Vaccination in the Punjab 1919-1929 - 1919-1929
Year: 1919
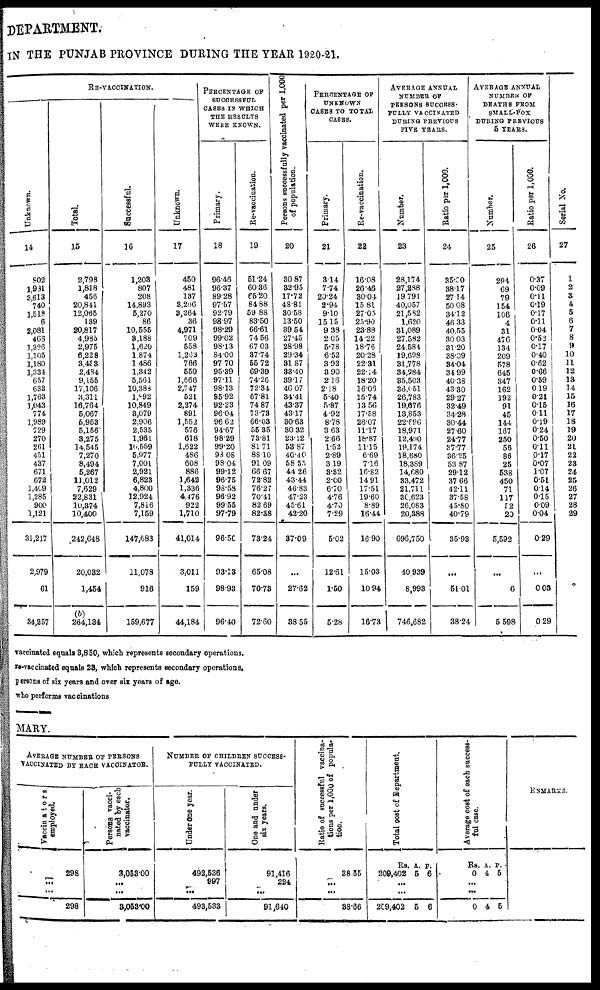
DEPARTMENT.
IN THE PUNJAB PROVINCE DURING THE YEAR 1920-21.
RE-VACCINATION.
Unknown.
14
802
1,981
3,613
740
1,518
6
2,081
466
1,326
1,105
1,180
1,334
657
633
1,763
1,043
774
1,989
729
270
261
451
437
671
672
1,409
1,285
900
1,121
31,217
2,979
61
34,257
Total.
15
2,798
1,818
456
20,841
12,065
139
20,817
4,985
2,975
6,228
3,438
2,484
9,155
17,106
3,311
16,764
5,067
5,953
5,156
3,275
14,545
7,270
8,494
5,267
11,012
7,629
22,831
10,374
10,400
242,648
20,082
1,454
(b)
264,134
Successful.
16
1,203
807
208
14,893
5,870
86
10,555
8,188
1,620
1,874
1,486
1,342
5,561
10,388
1,892
10,849
3,079
2,906
2,535
1,961
10,559
5,977
7,001
2,921
6,823
4,800
12,924
7,816
7,159
147,683
11,078
916
159,677
Unknown.
17
450
481
137
3,296
3,264
36
4,971
709
558
1,283
766
550
1,666
2,747
521
2,274
891
1,552
576
618
1,622
486
608
886
1,642
1,336
4,476
922
1,710
41,014
3,011
159
44,184
PERCENTAGE OF
SUCCESSFUL
CASES IN WHICH
THE RESULTS
WERE KNOWN.
Primary.
18
96.46
96.37
89.28
97.57
92.79
98.97
98.29
99.02
98.13
84.00
97.70
95.39
97.11
98.13
95.92
92.23
96.04
96.62
94.67
98.29
99.20
98.08
98.04
99.12
96.75
98.58
96.92
99.55
97.79
96.50
93.13
98.93
96.40
Re-vaccination.
19
51.24
60.36
65.20
84.88
59. 88
83.50
66.61
74.56
67.03
37.74
55.72
69.39
74.26
72.34
67.81
74.87
73.73
66.03
55.35
73.81
81.71
88.10
91.09
66.67
72.82
76.27
70.41
82.69
82.38
73.24
65.08
70.73
72.60
Persons successfully vaccinated per 1,000
of population.
20
30.87
32.95
17.72
48.81
30.58
13.50
39.54
27.45
28.98
29.34
31.87
33.40
39.17
46.07
34.41
43.37
43.17
30.63
30.32
23.12
53.87
40.40
58.55
44.26
43.44
46.83
47.23
45.61
42.20
37.09
...
27.62
38.55
PERCENTAGE OF
UNKNOWN
CASES TO TOTAL
CASES.
Primary.
21
3.14
7.74
20.24
2.94
9.10
15.15
9.38
2.05
5.78
6.52
3.92
3.90
2.16
2.18
5.40
5.87
4.92
8.78
3.63
2.66
1.52
2.89
3.19
3.32
2.00
6.70
4.76
4.70
7.29
5.02
12.61
1.50
5.28
Re-vaccination.
22
16.08
26.46
30.04
15.81
27.05
25.90
23.88
14.22
18.76
20.28
22.31
22.14
18.20
16.06
15.74
13.56
17.58
26.07
11.17
18.87
11.15
6.69
7.16
16.82
14.91
17.51
19.60
8.89
16.44
16.90
15.03
10.94
16.73
AVERAGE ANNUAL
NUMBER OF
PERSONS SUCCESS-
----- VACCINATED
DURING PREVIOUS
FIVE YEARS.
Number.
23
28,174
27,288
19,791
40,057
21,582
1,.620
31,089
27,582
24,584
19,698
31,778
34,984
35,503
36,651
26,783
19,676
13,853
22,696
18,971
12,490
19,174
18,680
18,389
14,680
33,472
21,711
36,623
26,083
20,388
696,750
40 939
8,993
746,682
Ratio per 1,000.
24
35.00
38.17
27.14
50.08
34.12
46.33
40.55
30.03
31.20
38.09
34.04
34.99
40.38
43.30
29.27
32.49
34.28
30.44
27.60
24.77
37.77
36.25
53.87
29.12
37.66
42.11
37.58
45.50
40.79
35.93
...
51.01
38.24
AVERAGE ANNUAL
NUMBER OF
DEATHS FROM
SMALL-POX
DURING PREVIOUS
5 YEARS.
Number.
25
294
69
79
154
106
4
31
476
134
209
578
645
347
162
192
91
45
144
167
250
56
86
25
538
450
71
117
52
20
5,592
...
6
5,598
Ratio per 1,000.
26
0.37
0.09
0.11
0.19
0.17
0.11
0.04
0.52
0.17
0.40
0.62
0.66
0.39
0.19
0.21
0.15
0.1l
0.19
0.24
0.50
0.11
0.17
0.07
1.07
0.51
0.14
0.15
0.09
0.04
0.29
...
0.03
0.29
Serial No.
27
1
2
3
4
5
6
7
8
9
10
11
12
13
14
15
16
17
18
19
20
21
22
23
24
25
26
27
28
29
vaccinated equals 3,850, which represents secondary operations.
re-vaccinated equals 23, which represents secondary operations.
persons of six years and over six years of age.
who performs vaccinations
MARY.
AVERAGE NUMBER OF PERSONS
VACCINATED BY EACH VACCINATOR.
Vaccinators
employed.
298
...
...
298
Persons vacci-
nated by each
vaccinator.
3,053.00
...
...
3,053.00
NUMBER OF CHILDREN SUCCESS-
FULLY VACCINATED.
Under one year.
492,536
997
...
493,533
One and under
six years.
91,416
224
...
91,640
Ratio of successful vaccina-
tions per 1,000 of popula-
tion.
38.55
...
...
38.66
Total cost of Department.
Rs.
209,402
A.
5
P.
6
...
...
209,402 5 6
Average cost of each success-
ful case.
Rs.
0
A.
4
P.
5
...
...
0 4 5
REMARKS.